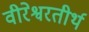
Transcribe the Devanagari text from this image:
वीरेश्वरतीर्थ